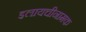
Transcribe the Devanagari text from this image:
इलायचीनामक